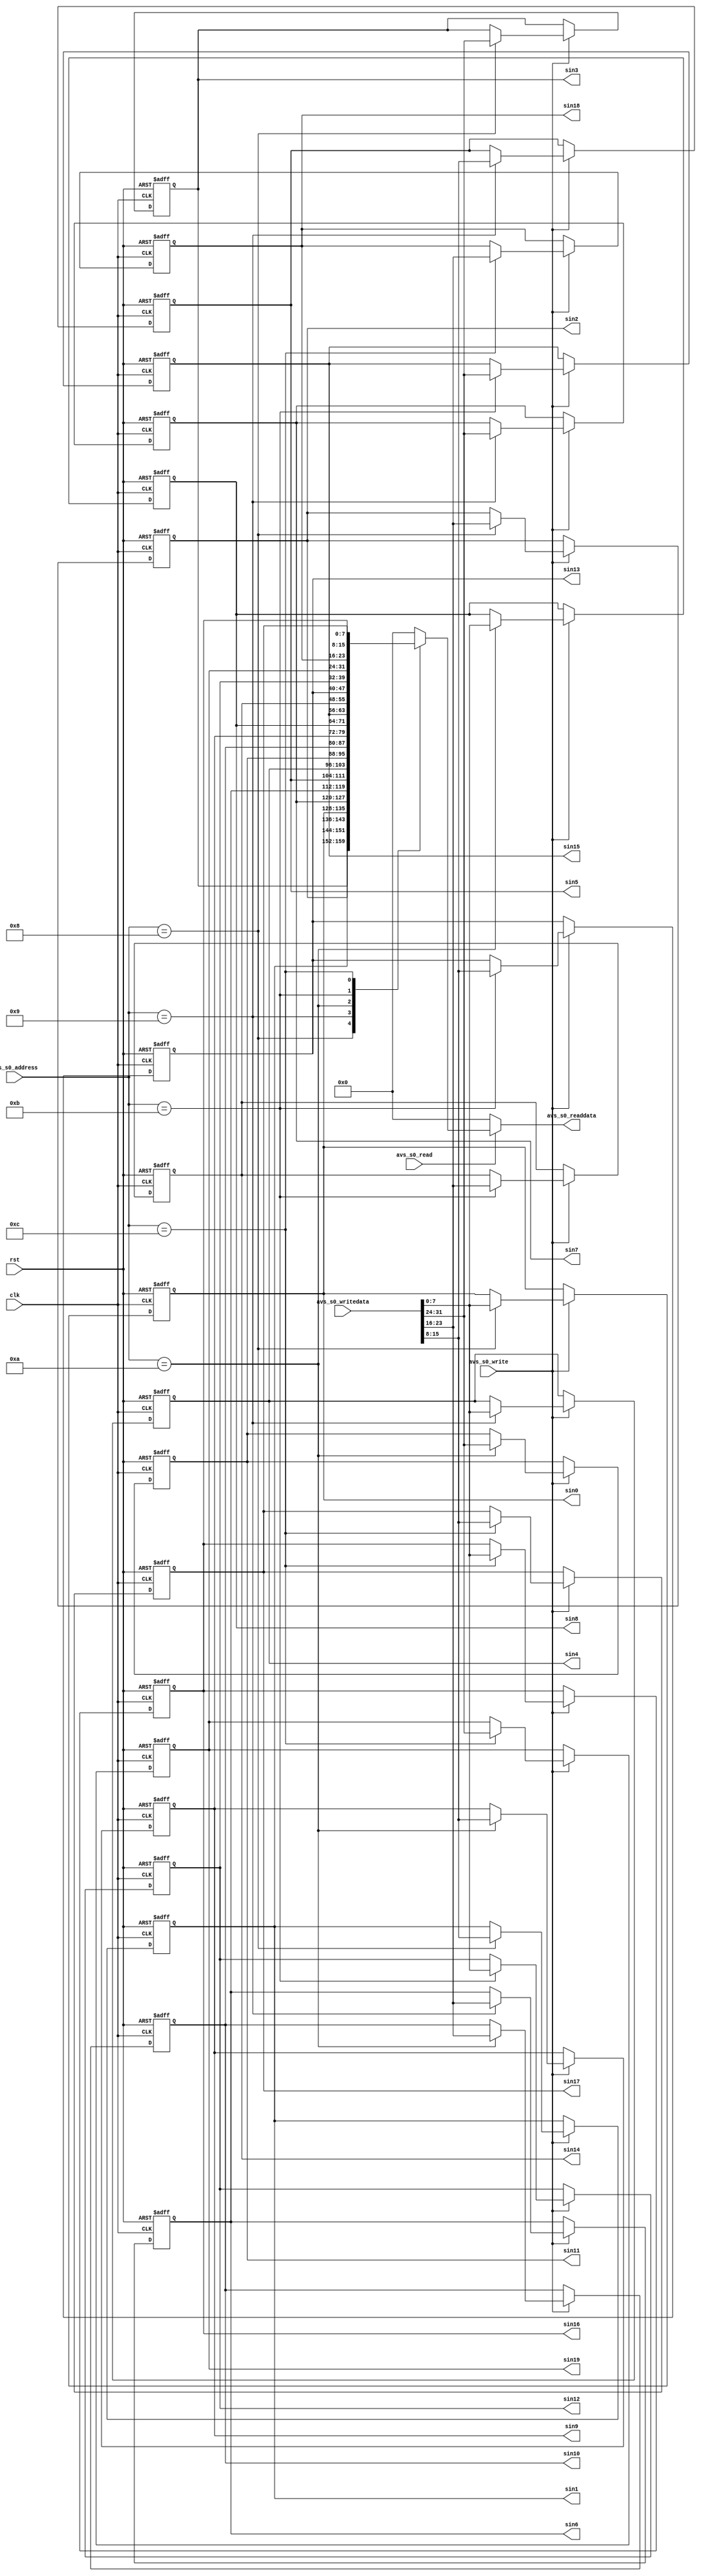
module conclover_conclover_signal(
	input clk,
	input rst,

	// Avalon MM
	
	input avs_s0_write,
	input avs_s0_read,
	input[4:0] avs_s0_address,
	input[31:0] avs_s0_writedata,
	
	output reg[31:0] avs_s0_readdata,
	
	// Signal
	
	output reg signed[7:0] sin0,
	output reg signed[7:0] sin1,
	output reg signed[7:0] sin2,
	output reg signed[7:0] sin3,
	output reg signed[7:0] sin4,
	output reg signed[7:0] sin5,
	output reg signed[7:0] sin6,
	output reg signed[7:0] sin7,
	output reg signed[7:0] sin8,
	output reg signed[7:0] sin9,
	output reg signed[7:0] sin10,
	output reg signed[7:0] sin11,
	output reg signed[7:0] sin12,
	output reg signed[7:0] sin13,
	output reg signed[7:0] sin14,
	output reg signed[7:0] sin15,
	output reg signed[7:0] sin16,
	output reg signed[7:0] sin17,
	output reg signed[7:0] sin18,
	output reg signed[7:0] sin19
);
reg signed[7:0] f_sin0;
reg signed[7:0] f_sin1;
reg signed[7:0] f_sin2;
reg signed[7:0] f_sin3;
reg signed[7:0] f_sin4;
reg signed[7:0] f_sin5;
reg signed[7:0] f_sin6;
reg signed[7:0] f_sin7;
reg signed[7:0] f_sin8;
reg signed[7:0] f_sin9;
reg signed[7:0] f_sin10;
reg signed[7:0] f_sin11;
reg signed[7:0] f_sin12;
reg signed[7:0] f_sin13;
reg signed[7:0] f_sin14;
reg signed[7:0] f_sin15;
reg signed[7:0] f_sin16;
reg signed[7:0] f_sin17;
reg signed[7:0] f_sin18;
reg signed[7:0] f_sin19;

always@(posedge clk or posedge rst) begin
	if(rst) begin
		sin0 <= 0;
		sin1 <= 0;
		sin2 <= 0;
		sin3 <= 0;
		sin4 <= 0;
		sin5 <= 0;
		sin6 <= 0;
		sin7 <= 0;
		sin8 <= 0;
		sin9 <= 0;
		sin10 <= 0;
		sin11 <= 0;
		sin12 <= 0;
		sin13 <= 0;
		sin14 <= 0;
		sin15 <= 0;
		sin16 <= 0;
		sin17 <= 0;
		sin18 <= 0;
		sin19 <= 0;
	end
	else begin
		sin0 <= f_sin0;
		sin1 <= f_sin1;
		sin2 <= f_sin2;
		sin3 <= f_sin3;
		sin4 <= f_sin4;
		sin5 <= f_sin5;
		sin6 <= f_sin6;
		sin7 <= f_sin7;
		sin8 <= f_sin8;
		sin9 <= f_sin9;
		sin10 <= f_sin10;
		sin11 <= f_sin11;
		sin12 <= f_sin12;
		sin13 <= f_sin13;
		sin14 <= f_sin14;
		sin15 <= f_sin15;
		sin16 <= f_sin16;
		sin17 <= f_sin17;
		sin18 <= f_sin18;
		sin19 <= f_sin19;
	end
end

always@(*) begin
	f_sin0 = sin0;
	f_sin1 = sin1;
	f_sin2 = sin2;
	f_sin3 = sin3;
	f_sin4 = sin4;
	f_sin5 = sin5;
	f_sin6 = sin6;
	f_sin7 = sin7;
	f_sin8 = sin8;
	f_sin9 = sin9;
	f_sin10 = sin10;
	f_sin11 = sin11;
	f_sin12 = sin12;
	f_sin13 = sin13;
	f_sin14 = sin14;
	f_sin15 = sin15;
	f_sin16 = sin16;
	f_sin17 = sin17;
	f_sin18 = sin18;
	f_sin19 = sin19;
	
	if(avs_s0_write)
		case(avs_s0_address)
			8: begin
				f_sin0 = $signed(avs_s0_writedata[7:0]);
				f_sin1 = $signed(avs_s0_writedata[15:8]);
				f_sin2 = $signed(avs_s0_writedata[23:16]);
				f_sin3 = $signed(avs_s0_writedata[31:24]);
			end
			9: begin
				f_sin4 = $signed(avs_s0_writedata[7:0]);
				f_sin5 = $signed(avs_s0_writedata[15:8]);
				f_sin6 = $signed(avs_s0_writedata[23:16]);
				f_sin7 = $signed(avs_s0_writedata[31:24]);
			end
			10: begin
				f_sin8 = $signed(avs_s0_writedata[7:0]);
				f_sin9 = $signed(avs_s0_writedata[15:8]);
				f_sin10 = $signed(avs_s0_writedata[23:16]);
				f_sin11 = $signed(avs_s0_writedata[31:24]);
			end
			11: begin
				f_sin12 = $signed(avs_s0_writedata[7:0]);
				f_sin13 = $signed(avs_s0_writedata[15:8]);
				f_sin14 = $signed(avs_s0_writedata[23:16]);
				f_sin15 = $signed(avs_s0_writedata[31:24]);
			end
			12: begin
				f_sin16 = $signed(avs_s0_writedata[7:0]);
				f_sin17 = $signed(avs_s0_writedata[15:8]);
				f_sin18 = $signed(avs_s0_writedata[23:16]);
				f_sin19 = $signed(avs_s0_writedata[31:24]);
			end
		endcase
end

always@(*)begin
	avs_s0_readdata = 0;
	
	if(avs_s0_read) 
		case(avs_s0_address)
			8: avs_s0_readdata = {sin3,sin2,sin1,sin0};
			9: avs_s0_readdata = {sin7,sin6,sin5,sin4};
			10: avs_s0_readdata = {sin11,sin10,sin9,sin8};
			11: avs_s0_readdata = {sin15,sin14,sin13,sin12};
			12: avs_s0_readdata = {sin19,sin18,sin17,sin16};
		endcase
end

endmodule


module conclover_controller(
	input clk,
	input rst,
	
	// Avalon MM
	
	input avs_s0_write,
	input avs_s0_read,
	input[4:0] avs_s0_address,
	input[31:0] avs_s0_writedata,
	
	output reg[31:0] avs_s0_readdata,
	
	// Outputs
	
	output reg[15:0] read_start_addr,
	output reg[15:0] read_stop_addr,
	
	output reg[15:0] write_start_addr,
	output reg[15:0] write_stop_addr,
	
	output reg start,
	input work
);

reg[15:0] f_write_start_addr;
reg[15:0] f_write_stop_addr;

reg[15:0] f_read_start_addr;
reg[15:0] f_read_stop_addr;

reg b_work;

always@(posedge clk or posedge rst)
	if(rst) b_work <= 0;
	else b_work = work;
	
always@(posedge clk or posedge rst)
	if(rst) begin
		f_read_start_addr <= 0;
		f_read_stop_addr <= 0;
		
		f_write_start_addr <= 0;
		f_write_stop_addr <= 0;
	end
	else begin
		f_read_start_addr <= read_start_addr;
		f_read_stop_addr <= read_stop_addr;
		
		f_write_start_addr <= write_start_addr;
		f_write_stop_addr <= write_stop_addr;
	end
	

always@(*) begin
	
	avs_s0_readdata = 0;
	
	if(avs_s0_read) begin
		case(avs_s0_address)
			1: avs_s0_readdata = f_read_start_addr;
			2: avs_s0_readdata = f_read_stop_addr;
			3: avs_s0_readdata = b_work;
			5: avs_s0_readdata = f_write_start_addr;
			6: avs_s0_readdata = f_write_stop_addr;
		endcase
	end
end

always@(*) begin
	read_start_addr = f_read_start_addr;
	read_stop_addr = f_read_stop_addr;
	
	write_start_addr = write_start_addr;
	write_stop_addr = f_write_stop_addr;
	
	start = 0;

	if(avs_s0_write)
		case(avs_s0_address)
			1: read_start_addr = avs_s0_writedata;
			2: read_stop_addr = avs_s0_writedata;
			4: start = 1;
			5: write_start_addr = avs_s0_writedata;
			6: write_stop_addr = avs_s0_writedata;
		endcase
	
end

endmodule